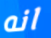
انه